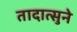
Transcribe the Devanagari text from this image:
तादात्सुने